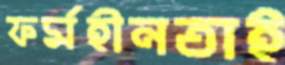
ফর্মহীনতাই